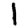
Digit: 1